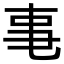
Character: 𪜃